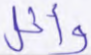
وأثل